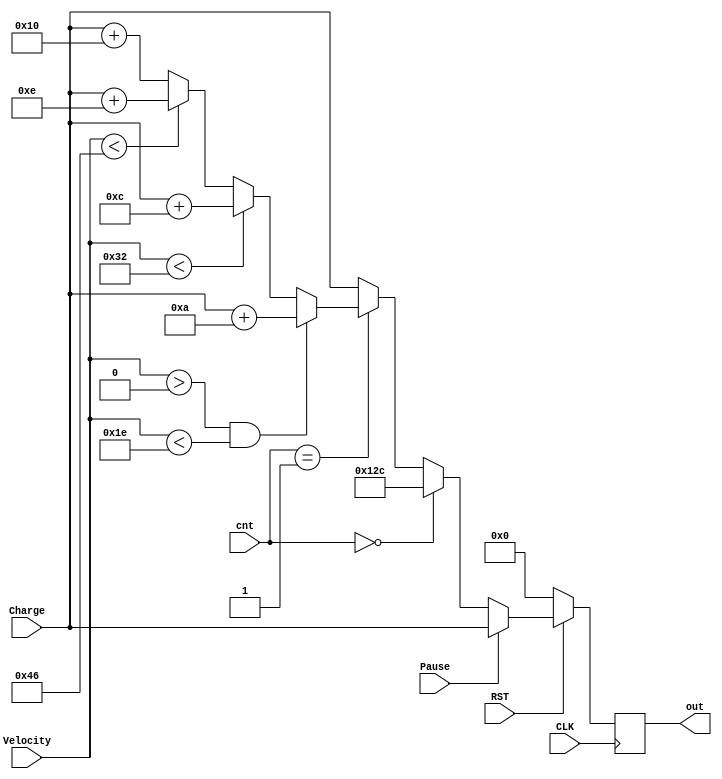
module Calculate(CLK,RST,Pause,Velocity,Charge,cnt,out);
 input CLK, RST, Pause;
 input [7:0] Velocity;
 input [11:0] Charge;
 input [15:0] cnt;
 output reg [11:0] out;

 always @ (posedge CLK) begin
  if(!RST) begin
	out <= 0;
  end
  else begin
	if(Pause) begin
	  out <= Charge;
	end
	else begin
	if(!cnt) begin
	  out <= 300;
	end
	else if(cnt==1) begin
	 if(Velocity >0 && Velocity < 30) out <= Charge + 10;
	 else if(Velocity < 50) out <= Charge + 12;
	 else if(Velocity < 70) out <= Charge + 14;
	 else out <= Charge + 16;
	end
	else out <= Charge;
	end
  end
 end
endmodule